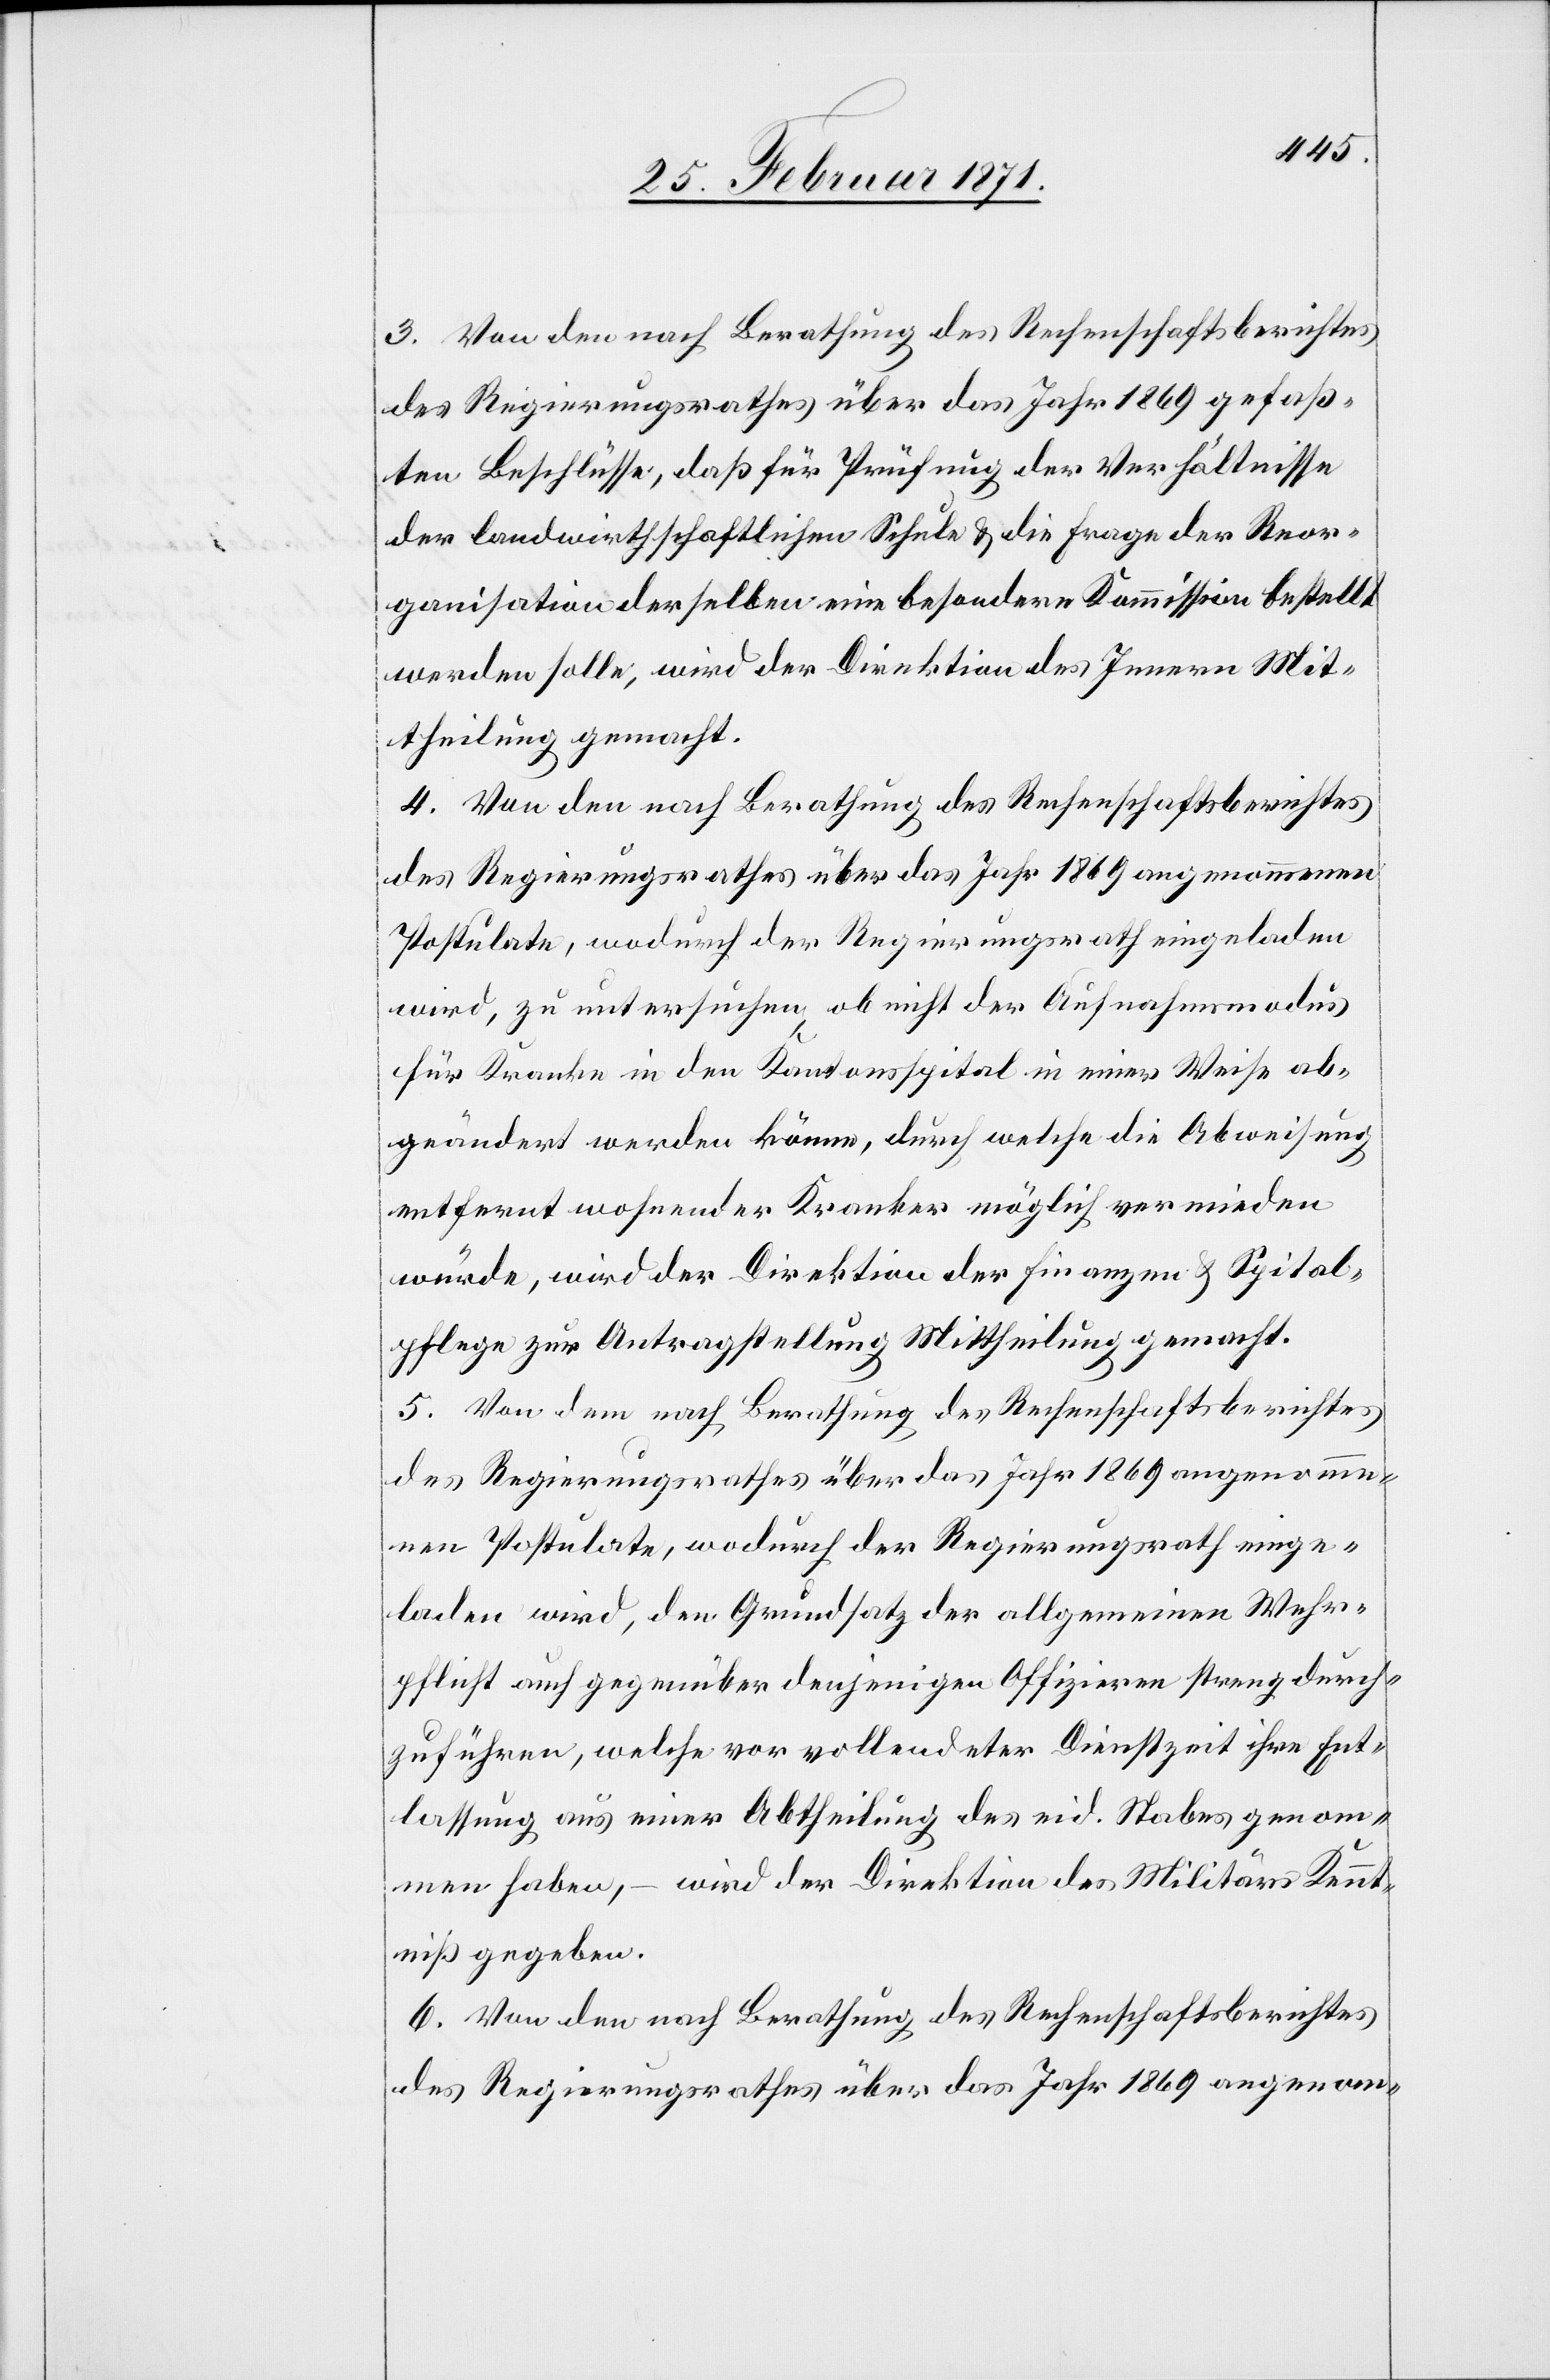
3. Von den nach Berathung des Rechenschaftsberichtes
des Regierungsrathes über das Jahr 1869 gefaß¬
ten Beschlüsse, daß für Prüfung der Verhältnisse
der landwirtschaftlichen Schule u. die Frage der Reor¬
ganisation der selben eine besondere Kommission bestellt
werden solle, wird der Direktion des Innern Mit¬
theilung gemacht.
4. Von den nach Berathung des Rechenschaftsberichtes
des Regierungsrathes über das Jahr 1869 angenommenen
Postulate, wodurch der Regierungsrath eingeladen
wird, zu untersuchen ob nicht der Aufnahmsmodus
für Kranke in den Kantonspital in einer Weise ab¬
geändert werden könne, durch welche die Abweisung
entfernt wohnender Kranker möglichst vermieden
würde, wird der Direktion der Finanzen u. Spital¬
pflege zur Antragstellung Mittheilung gemacht.
5. Von dem nach Berathung des Rechenschaftsberichtes
des Regierungsrathes über das Jahr 1869 angenomme¬
nen Postulate, wodurch der Regierungsrath einge¬
laden wird, den Grundsatz der allgemeinen Wehr¬
pflicht auch gegenüber denjenigen Offizieren streng durch¬
zuführen, welche vor vollendeter Dienstzeit ihre Ent¬
lassung aus einer Abtheilung des eid. Stabes genom¬
men haben, – wird der Direktion des Militärs Kennt¬
niß gegeben.
6. Von den nach Berathung des Rechenschaftsberichtes
des Regierungsrathes über das Jahr 1869 angenom-